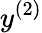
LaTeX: y^{(2)}